Report of the veterinary officer investigating camel disease
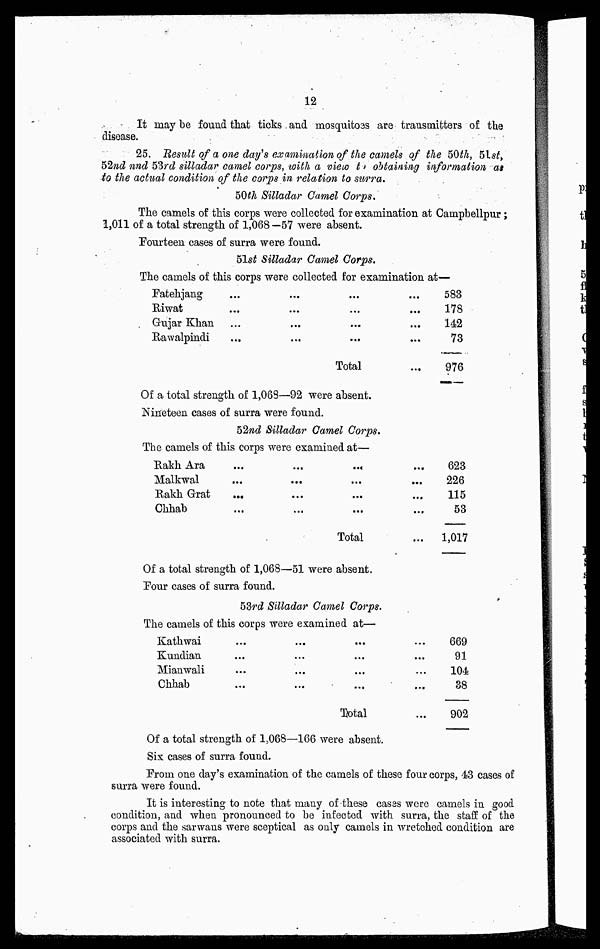
12
It may be found that ticks and mosquitoes are transmitters of the
disease.
25. Result of a one day's ex animation of the camels of the 50th, 51st
52nd nnd 53rd silladar camel corps, with a view to obtaining information as
to the actual condition of the corps in relation to surra.
50th Silladar Camel Corps.
The camels of this corps were collected for examination at Campbellpur;
1,011 of a total strength of 1,068—57 were absent.
Fourteen cases of surra were found.
51st Silladar Camel Corps.
The camels of this corpswere
Fatehjang
Riwat
Gujar
Khan
Rawalpindi
collected for examination at—
... ...
... ...
... ...
... ...
Total
...
583
... 178
... 142
... 73
... 976
Of a total strength of 1,068—92 were absent.
Nineteen cases of surra were found.
52nd Silladar Camel Corps.
The camels of this corps were examined at—
Rakh Ara
Malkwal
Rakh Grat
Ohhab
...
...
...
...
...
...
...
...
...
...
...
...
Total
...
...
...
...
...
623
226
115
53
1,017
Of a total strength of 1,068—51 were absent.
Four cases of surra found.
53rd Silladar Camel Corps.
The camels of this corps were examined at—
Kathwai
Kundian
Mianwali
Chhab
...
...
...
...
...
...
...
...
...
...
...
...
Total
...
...
...
...
...
669
91
104
38
902
Of a total strength of 1,068—166 were absent.
Six cases of surra found.
From one day's examination of the camels of these four corps, 43 cases of
surra were found.
It is interesting to note that many of these casas were camels in good
condition, and when pronounced to be infected with surra, the staff of the
corps and the sarwans were sceptical as only camels in wretched condition are
associated with surra.